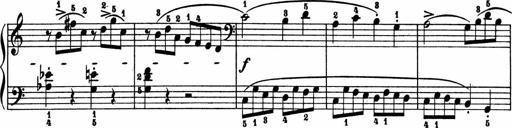
Title: 2 Sonatinen
Composer: Lambertus Adrianus van Tetterode